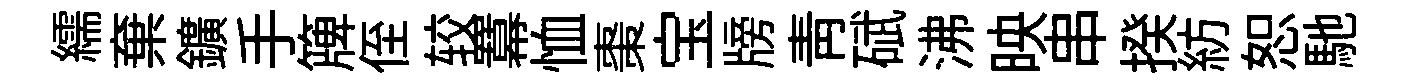
繻棄鑛手簰侄较羃恤棗宝牓靑碔沸映串揆紡恕馳